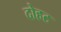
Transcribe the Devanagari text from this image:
दोहट